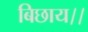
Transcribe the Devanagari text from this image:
बिछाय।।